Vaccine operations Central Provinces & Berar 1922-1929 - 1922-1929
Year: 1922
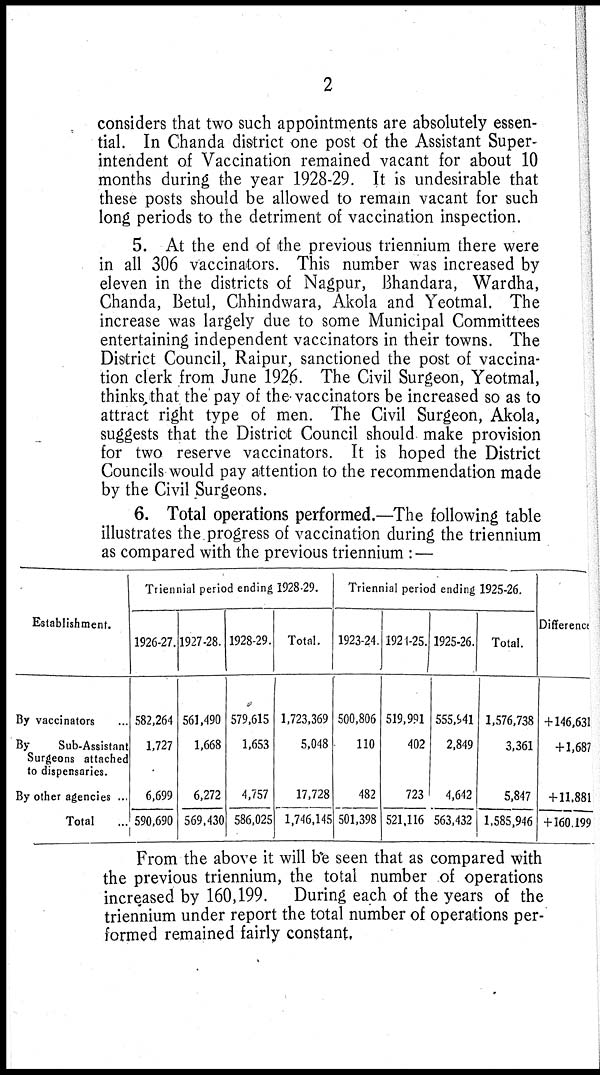
2
considers that two such appointments are absolutely essen-
tial. In Chanda district one post of the Assistant Super-
intendent of Vaccination remained vacant for about 10
months during the year 1928-29. It is undesirable that
these posts should be allowed to remain vacant for such
long periods to the detriment of vaccination inspection.
5. At the end of the previous triennium there were
in all 306 vaccinators. This number was increased by
eleven in the districts of Nagpur, Bhandara, Wardha,
Chanda, Betul, Chhindwara, Akola and Yeotmal. The
increase was largely due to some Municipal Committees
entertaining independent vaccinators in their towns. The
District Council, Raipur, sanctioned the post of vaccina-
tion clerk from June 1926. The Civil Surgeon, Yeotmal,
thinks that the pay of the vaccinators be increased so as to
attract right type of men. The Civil Surgeon, Akola,
suggests that the District Council should make provision
for two reserve vaccinators. It is hoped the District
Councils would pay attention to the recommendation made
by the Civil Surgeons.
6. Total operations performed.—The following table
illustrates the progress of vaccination during the triennium
as compared with the previous triennium : —
Establishment.
By vaccinators ...
By
Sub-Assistant
Surgeons attached
to dispensaries.
By other agencies ...
Total ...
Triennial period ending 1928-29.
1926-27.
582,264
1,727
6,699
590,690
1927-28.
561,490
1,668
6,272
569,430
1928-29.
579,615
1,653
4,757
586,025
Total.
1,723,369
5,048
17,728
1,746,145
Triennial period ending 1925-26.
1923-24
500,806
110
482
501,398
1921-25.
519,991
402
723
521,116
1925-26.
555,941
2,849
4,642
563,432
Total.
1,576,738
3,361
5,847
1,585,946
Difference
+ 146,631
+1,687
+ 11,881
+160,199
From the above it will be seen that as compared with
the previous triennium, the total number of operations
increased by 160,199. During each of the years of the
triennium under report the total number of operations per-
formed remained fairly constant.